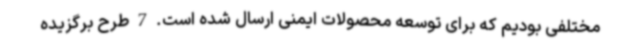
مختلفی بودیم که برای توسعه محصولات ایمنی ارسال شده است. 7 طرح برگزیده